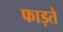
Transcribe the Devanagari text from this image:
फाड़ते